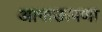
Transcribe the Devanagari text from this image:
आगाऊपणा